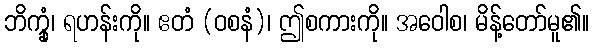
ဘိက္ခုံ၊ ရဟန်းကို။ ဧတံ (ဝစနံ)၊ ဤစကားကို။ အဝေါစ၊ မိန့်တော်မူ၏။